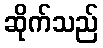
ဆိုက်သည်